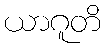
ယာဂူတိ